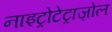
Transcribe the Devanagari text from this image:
नाइट्रोटेट्राज़ोल